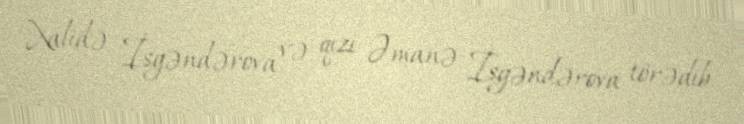
Xalidə İsgəndərova və qızı Əmanə İsgəndərova törədib.